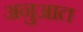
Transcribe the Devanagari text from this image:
अनुआत